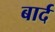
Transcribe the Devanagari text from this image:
बार्द